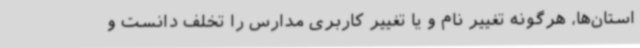
استان‌ها، هرگونه تغییر نام و یا تغییر کاربری مدارس را تخلف دانست و